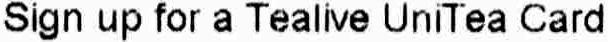
SIGN UP FOR A TEALIVE UNITEA CARD